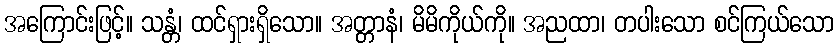
အကြောင်းဖြင့်။ သန္တံ၊ ထင်ရှားရှိသော။ အတ္တာနံ၊ မိမိကိုယ်ကို။ အညထာ၊ တပါးသော စင်ကြယ်သော